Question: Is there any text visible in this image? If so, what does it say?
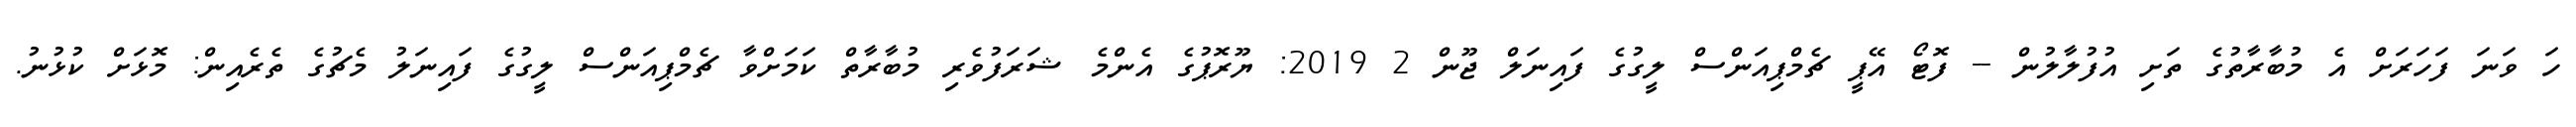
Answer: ހަ ވަނަ ފަހަރަށް އެ މުބާރާތުގެ ތަށި އުފުލާލުން -- ފޮޓޯ އޭޕީ ޗެމްޕިއަންސް ލީގުގެ ފައިނަލް ޖޫން 2 2019: ޔޫރޮޕުގެ އެންމެ ޝަރަފުވެރި މުބާރާތް ކަމަށްވާ ޗެމްޕިއަންސް ލީގުގެ ފައިނަލު މެޗުގެ ތެރެއިން: މޮޅަށް ކުޅުނު.